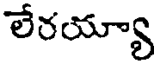
లేరయ్యా